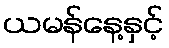
ယမန်နေ့နှင့်